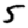
Digit: 5